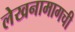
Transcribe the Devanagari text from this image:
लेखनामागची